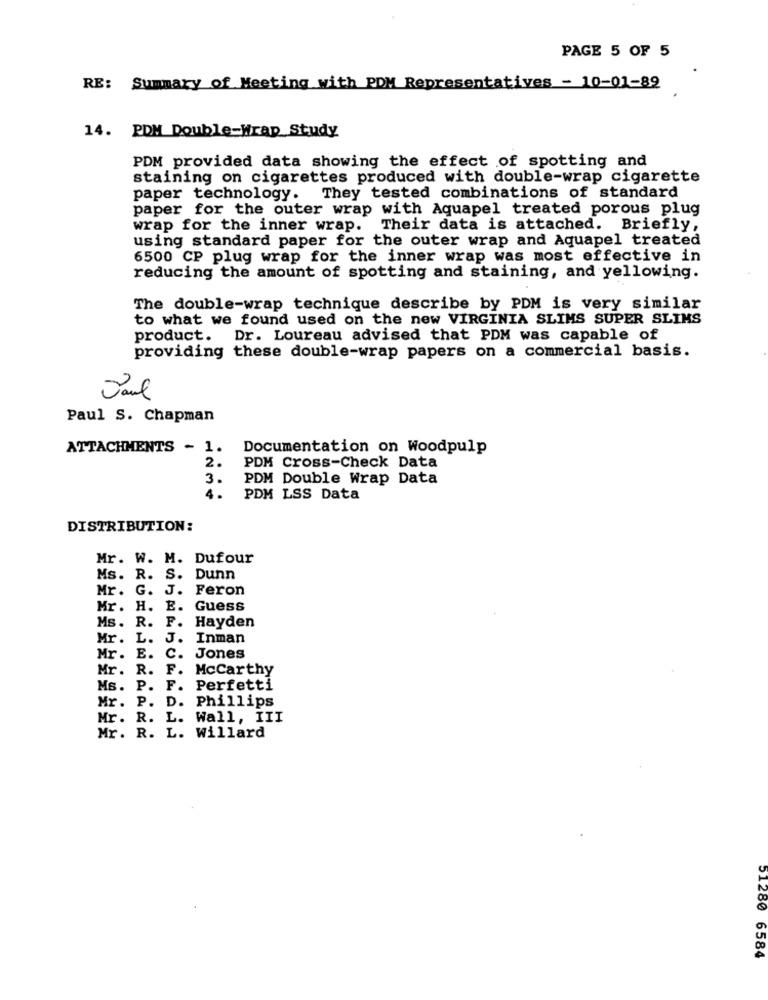
PAGE 5 OF 5
RE: Summary of Meeting with PDM Representatives - 10-01-82
14. PDM Double-Wrap Study
PDM provided data showing the effect of spotting and
staining on cigarettes produced with double-wrap cigarette
paper technology.
They tested combinations of standard
paper for the outer wrap with Aquapel treated porous plug
wrap for the inner wrap. Their data is attached. Briefly,
using standard paper for the outer wrap and Aquapel treated
6500 CP plug wrap for the inner wrap was most effective in
reducing the amount of spotting and staining, and yellowing.
The double-wrap technique describe by PDM is very similar
to what we found used on the new VIRGINIA SLIMS SUPER SLIMS
product.
Dr. Loureau advised that PDM was capable of
providing these double-wrap papers on a commercial basis.
Paul
Paul S. Chapman
ATTACHMENTS - 1.
Documentation on Woodpulp
2.
PDM Cross-Check Data
3.
PDM Double Wrap Data
4.
PDM LSS Data
DISTRIBUTION:
Mr. W. M. Dufour
Ms. R. S.
Dunn
Mr. G. J. Feron
Mr. H. E.
Guess
Ms. R. F.
Hayden
Mr.
L.
J.
Inman
Mr .
E.
C.
Jones
Mr.
R.
F.
Mccarthy
Ms.
P.
F.
Perfetti
Mr.
P.
D.
Phillips
Mr. R.
L. Wall, III
Mr. R.
L. Willard
51280 6584